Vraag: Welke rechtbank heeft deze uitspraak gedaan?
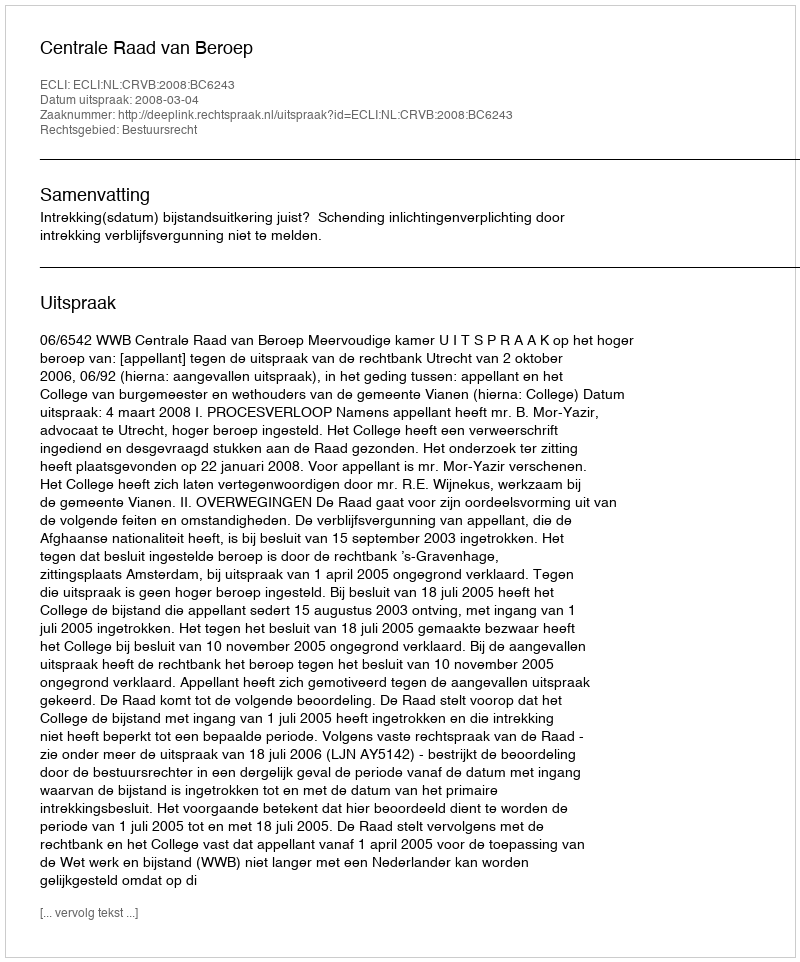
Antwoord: Centrale Raad van Beroep